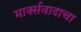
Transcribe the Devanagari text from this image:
मार्क्‍सवादाचा